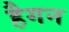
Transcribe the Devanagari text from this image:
हैगन